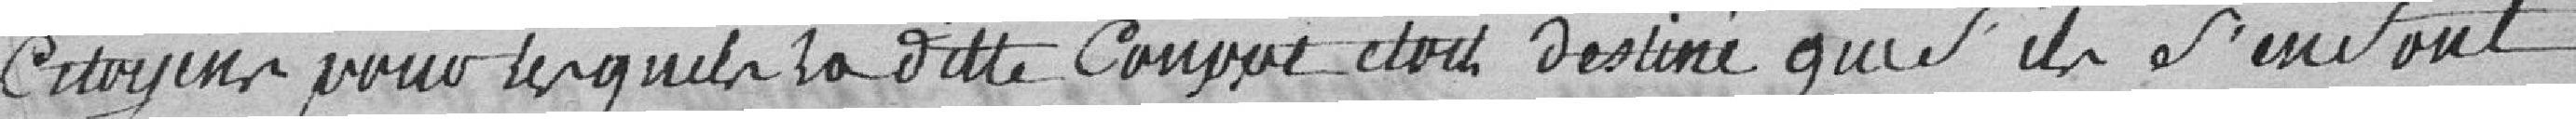
Citoyens pour lesquels la dite Coupe était destinée que s'ils s'en sont